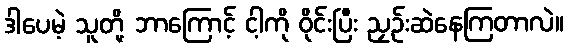
ဒါပေမဲ့ သူတို့ ဘာကြောင့် ငါ့ကို ဝိုင်းပြီး ညှဉ်းဆဲနေကြတာလဲ။